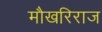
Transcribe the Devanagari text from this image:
मौखरिराज